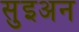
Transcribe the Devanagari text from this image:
सुइअन